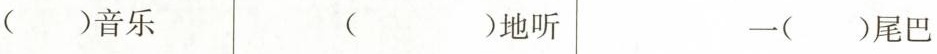
( )音乐 ( )地听 一( )尾巴